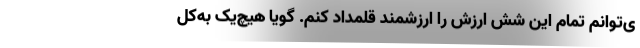
ی‌توانم تمام این شش ارزش‌ را ارزشمند قلمداد کنم. گویا هیچ‌یک به‌کل